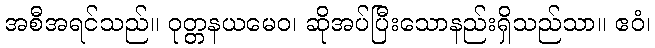
အစီအရင်သည်။ ဝုတ္တနယမေဝ၊ ဆိုအပ်ပြီးသောနည်းရှိသည်သာ။ ဧဝံ၊